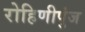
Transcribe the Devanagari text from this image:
रोहिणीपुंज